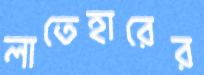
লাতেহারের